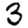
Digit: 3